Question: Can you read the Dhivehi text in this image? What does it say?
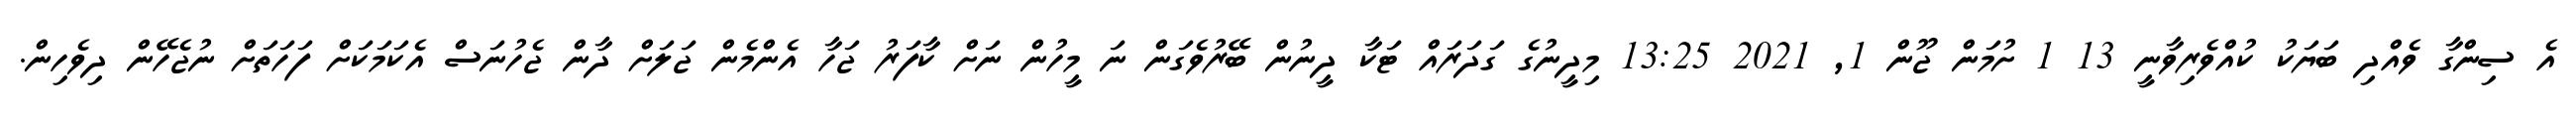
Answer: އެ ސިންގާ ވެއްދި ބަޔަކު ކުއްވެރިވާނީ 13 1 ށުމަން ޖޫން 1, 2021 13:25 މިދީނުގެ ގަދަރައް ޓަކާ ދީނުން ބޭރުވެގަން ނަ މީހުން ނަށް ކާފަރު ޖަހާ އެންމެން ޖަލަށް ދާން ޖެހުނަސް އެކަމަކަށް ފަހަތަށް ނުޖެހޭން ދިވެހިން.